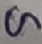
Text: G